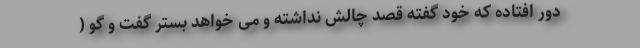
دور افتاده که خود گفته قصد چالش نداشته و می خواهد بستر گفت و گو (